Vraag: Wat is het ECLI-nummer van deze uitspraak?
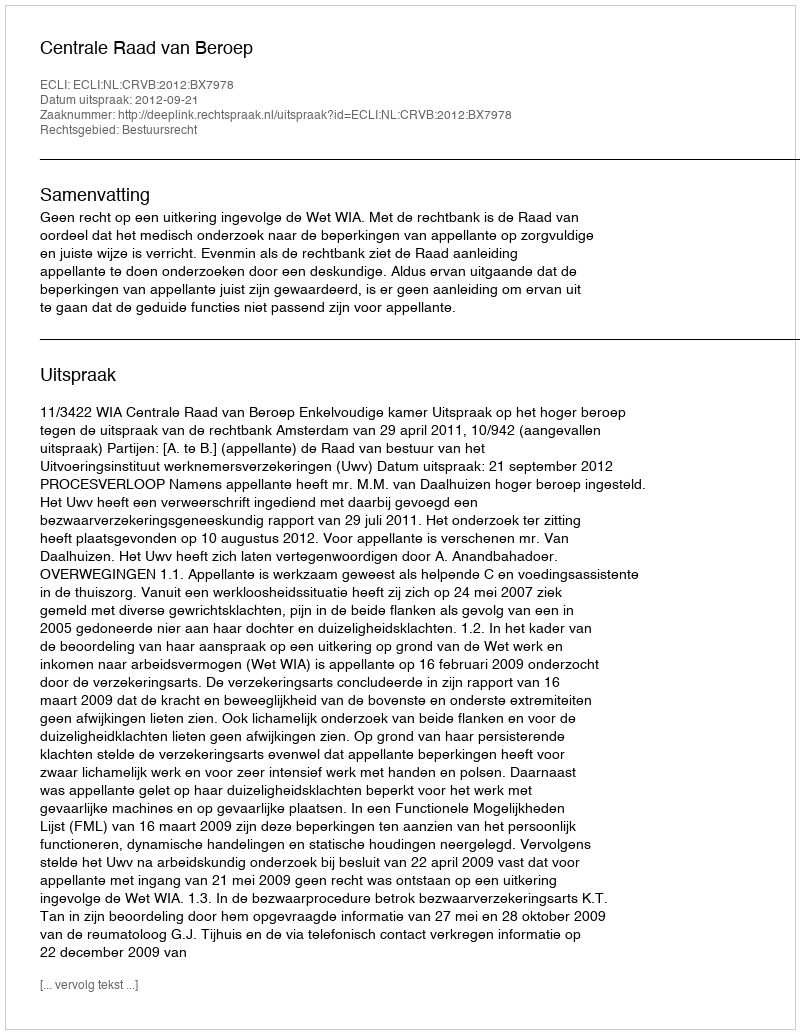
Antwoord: ECLI:NL:CRVB:2012:BX7978